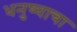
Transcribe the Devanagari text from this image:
धनुष्याचा